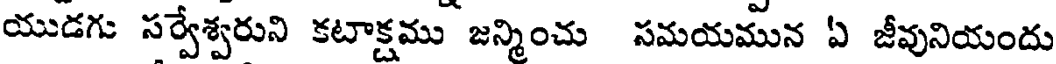
యుడగు సర్వేశ్వరుని కటాక్షము జన్మించు సమయమున ఏ జీవునియందు